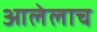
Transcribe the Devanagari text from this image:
आलेलाच